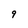
Character: 9